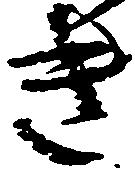
き